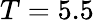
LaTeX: T=5.5